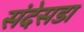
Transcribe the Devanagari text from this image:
संदेसडा